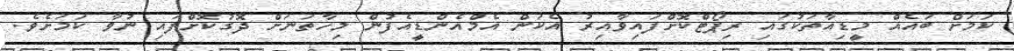
ކަަމަށް ބައެއް މީޑިއާތަކުގައި ރިޕޯޓްކޮށްފައިވާއިރު އެކަން އެމްއެންޑީއެފުން މިހާތަނަށް ދޮގުކޮށްފައި ނުވާ ކަމަށެވެ.